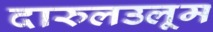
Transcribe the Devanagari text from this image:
दारुलउलूम